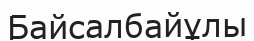
Байсалбайұлы